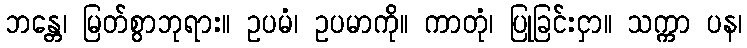
ဘန္တေ၊ မြတ်စွာဘုရား။ ဥပမံ၊ ဥပမာကို။ ကာတုံ၊ ပြုခြင်းငှာ။ သက္ကာ ပန၊